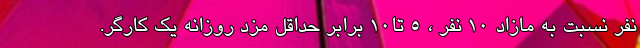
نفر نسبت به مازاد ۱۰ نفر ، ۵ تا۱۰ برابر حداقل مزد روزانه یک کارگر.